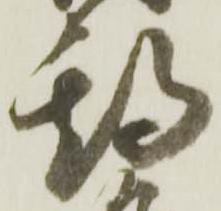
期